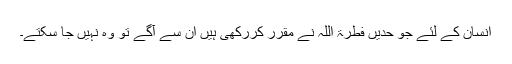
انسان کے لئے جو حدیں فطرۃ اللہ نے مقرر کررکھی ہیں ان سے آگے تو وہ نہیں جا سکتے۔